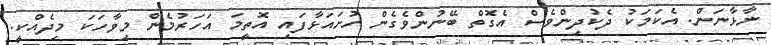
ނާޅާނަން. އެކަމަކު ދެކުދިންވެސް އެގޮތް ބޭނުންވެގެން ހުށައަޅާފައި އޮތީމަ އަހަރުމެން މިވާހަކަ މިދެއްކީ.